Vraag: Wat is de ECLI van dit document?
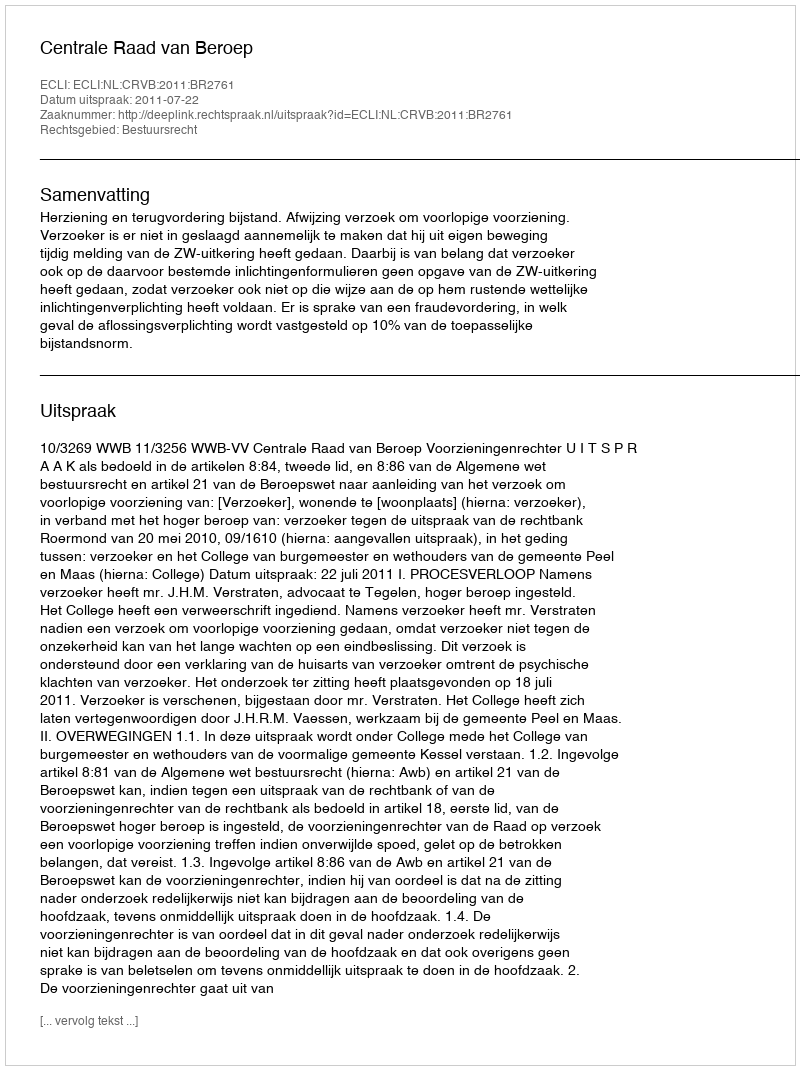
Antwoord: ECLI:NL:CRVB:2011:BR2761